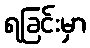
ရခြင်းမှာ